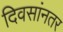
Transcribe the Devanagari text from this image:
दिवसांनतर